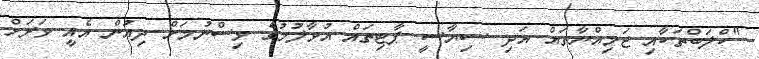
"ކްލަބްތަކާއި ޖަމިއްޔާތައް އަދި ސިޔާސީ ޕާޓިތައް އުވާލުމުގެ ވިސްނުމަށް ދިއުން އެއީ ވަރަށް